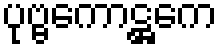
ပုဗ္ဗကောဋ္ဌကေ